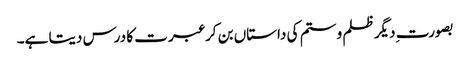
بصورت ِدیگر ظلم و ستم کی داستاں بن کر عبرت کا درس دیتا ہے۔